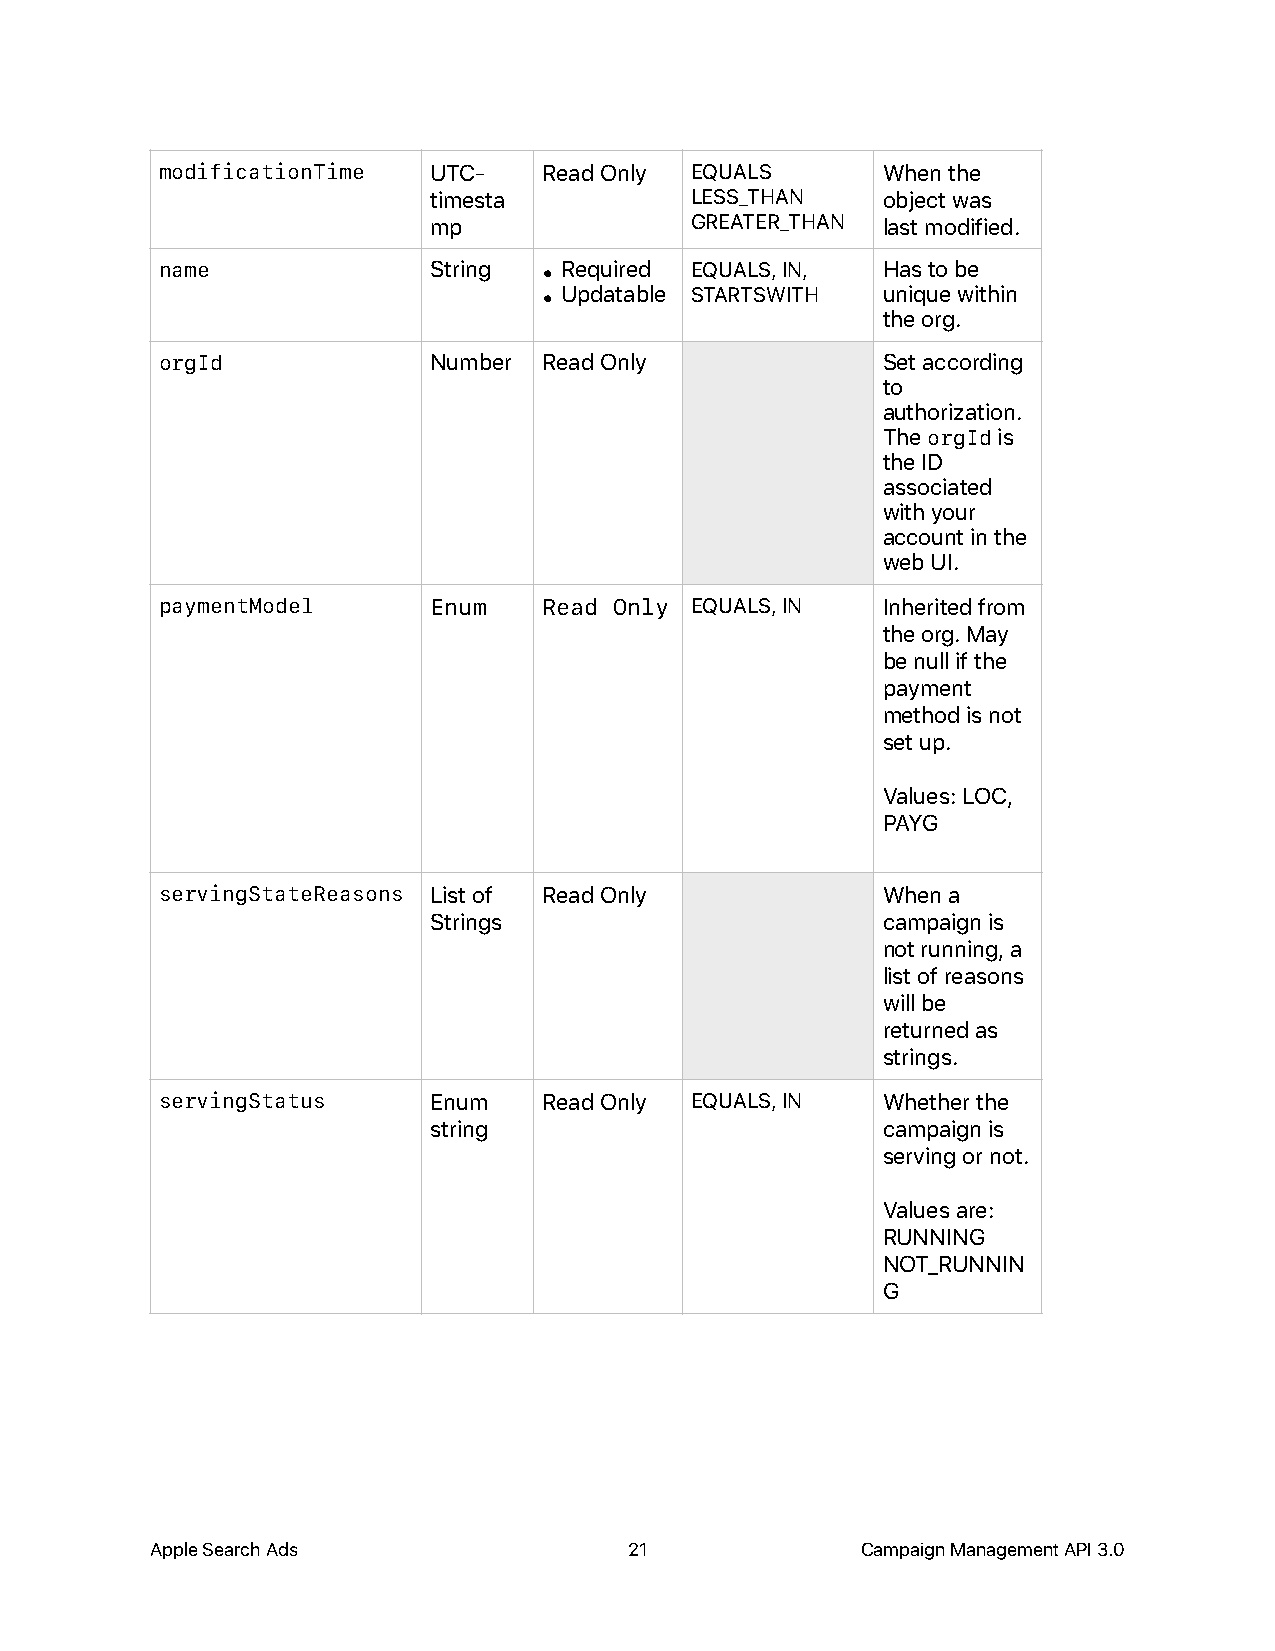
modificationTime UTC-    Read Only EQUALS      When the
 timesta           LESS_THAN   object was
 mp                GREATER_THAN last modified.
 name             String  • Required EQUALS, IN, Has to be
 • Updatable STARTSWITH unique within
 the org.
 orgId            Number  Read Only             Set according
 to
 authorization.
 The orgId is
 the ID
 associated
 with your
 account in the
 web UI.
 paymentModel     Enum    Read Only EQUALS, IN  Inherited from
 the org. May
 be null if the
 payment
 method is not
 set up.
 Values: LOC,
 PAYG
 servingStateReasons List of Read Only          When a
 Strings                       campaign is
 not running, a
 list of reasons
 will be
 returned as
 strings.
 servingStatus    Enum    Read Only EQUALS, IN  Whether the
 string                        campaign is
 serving or not.
 Values are:
 RUNNING
 NOT_RUNNIN
 G
 Apple Search Ads                21             Campaign Management API 3.0